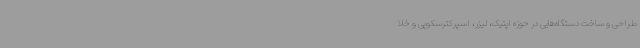
طراحی و ساخت دستگاه‌هایی در حوزه اپتیک، لیزر، اسپرکترسکوپی و خلا